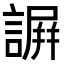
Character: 𧫮